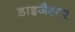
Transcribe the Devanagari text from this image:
डाइजैस्टर